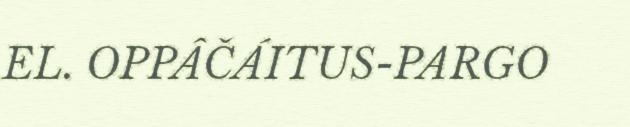
EL. OPPÂČÁITUS-PARGO